画像に写った文字を読んでください
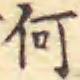
「何」と書いてあります